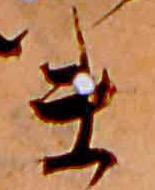
ま